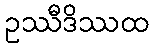
ဥဿီဒိဿထ